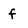
Character: f